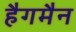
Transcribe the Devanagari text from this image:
हैगमैन